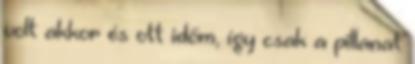
volt akkor és ott időm, így csak a pillanat